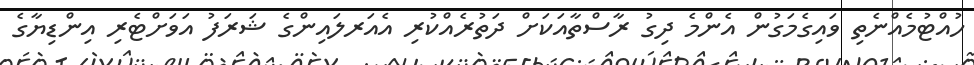
ހުއްޓުމެއްނެތި ވައިގެމަގުން އެންމެ ދިގު ރާސްތާއަކަށް ދަތުރެއްކުރި އެއަރލައިންގެ ޝަރަފު އަވަށްޓެރި އިންޑިޔާގެ